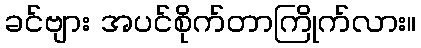
ခင်ဗျား အပင်စိုက်တာကြိုက်လား။